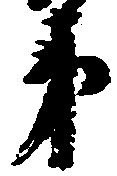
弟